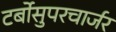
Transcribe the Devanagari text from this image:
टर्बोसुपरचार्जर